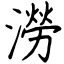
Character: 澇